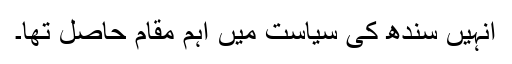
انہیں سندھ کی سیاست میں اہم مقام حاصل تھا۔